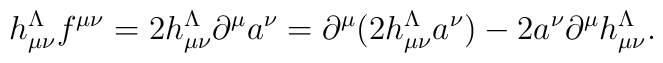
h_{\mu\nu}^\Lambda  f{}^{\mu\nu} = 2 h_{\mu\nu}^\Lambda  \partial^\mu a^\nu= \partial^\mu (2h_{\mu\nu}^\Lambda a^\nu) - 2 a^\nu  \partial^\mu h_{\mu\nu}^\Lambda .